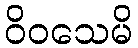
ဝိဝသေမိ